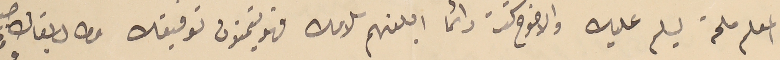
المعلم ملحة ليسلم عليك والاخوه كنت دائما ابلغهم سلامك فهو يتمنون توفيقك وطال بقاك